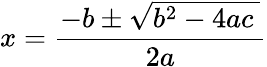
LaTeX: x={\frac{-b\pm{\sqrt{b^{2}-4ac\ }}}{2a}}